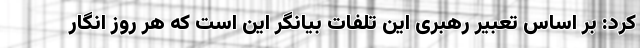
کرد: بر اساس تعبیر رهبری این تلفات بیانگر این است که هر روز انگار